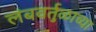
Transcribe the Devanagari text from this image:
लंबवर्तुळाच्या